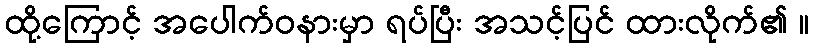
ထို့ကြောင့် အပေါက်ဝနားမှာ ရပ်ပြီး အသင့်ပြင် ထားလိုက်၏ ။